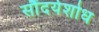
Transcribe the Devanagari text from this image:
सौंदर्यशोध